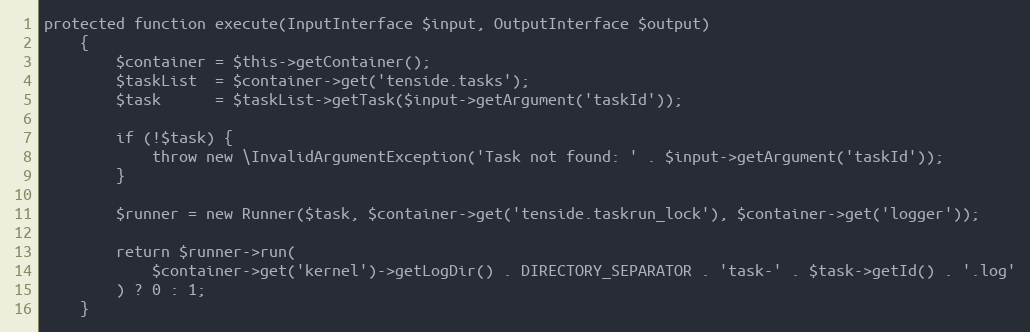
Language: PHP
protected function execute(InputInterface $input, OutputInterface $output)
    {
        $container = $this->getContainer();
        $taskList  = $container->get('tenside.tasks');
        $task      = $taskList->getTask($input->getArgument('taskId'));

        if (!$task) {
            throw new \InvalidArgumentException('Task not found: ' . $input->getArgument('taskId'));
        }

        $runner = new Runner($task, $container->get('tenside.taskrun_lock'), $container->get('logger'));

        return $runner->run(
            $container->get('kernel')->getLogDir() . DIRECTORY_SEPARATOR . 'task-' . $task->getId() . '.log'
        ) ? 0 : 1;
    }